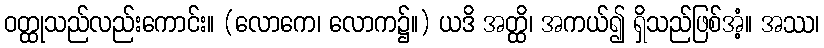
ဝတ္ထုသည်လည်းကောင်း။ (လောကေ၊ လောက၌။) ယဒိ အတ္ထိ၊ အကယ်၍ ရှိသည်ဖြစ်အံ့။ အဿ၊